system: You are a helpful assistant.
user:
Analyze the provided spectrum to determine if it is a **Carbon Star (C-type)**.

- **Key Visual Indicators of Carbon Star:**
    - **(Primary):** Strong molecular absorption from **C₂ (diatomic carbon) "Swan Bands."** This is the **defining feature** of a carbon star.
        - **(Key Bandheads):** Sharp absorption edges are visible at approximately $5635$ Å, $5165$ Å (the strongest band), and $4737$ Å.
        - **(Line Profile):** Creates a distinct **"saw-tooth"** pattern. The key morphology is a sharp, steep bandhead on the **red (long-wavelength) side**, which then gradually tapers off (i.e., flux recovers) towards the **blue (short-wavelength) side**. *(This is the direct opposite of the TiO bands seen in M-type stars)*.

    - **(Secondary):** Intense **CN (cyanogen)** molecular absorption bands.
        - **(Key Bandheads):** Located in the blue and violet regions of the spectrum (e.g., near $4215$ Å and $3883$ Å).
        - **(Morphology):** These bands are extremely broad and act as a "blanket," absorbing the vast majority of blue and violet light. This creates a characteristic **"cliff"** or **"steep drop-off"** in the spectrum's flux at short wavelengths.

    - **(Key Confirmation):** Strong **CH absorption band (G-band)**.
        - **(Key Bandhead):** Located around $4300$ Å. The contribution from CH molecules to this band is exceptionally strong.

    - **(Overall Spectrum):**
        - The continuum is severely "chopped up" by these deep molecular bands, especially C₂, rather than appearing as a smooth curve.
        - Due to the heavy CN and C₂ absorption in the blue-green, the vast majority of the star's flux is concentrated in the red part of the spectrum, giving the star its characteristic deep red color.

Think first, call **spectral_visualization_tool** if needed to examine features in detail, then provide your final answer. Your response must adhere to the following strict rules:
1.  **Overall Structure:** Your response must follow the format `<think>...</think> <tool_call>...</tool_call> (if a tool is used) <answer>...</answer>`.
2.  **Tool Usage Constraint:** You may only make **one** tool call per turn.
3.  **Final Answer Format:** In the `<answer>` tag, your conclusion must be inside a `\boxed{}` command (e.g., `\boxed{YES}`), followed by your justification.

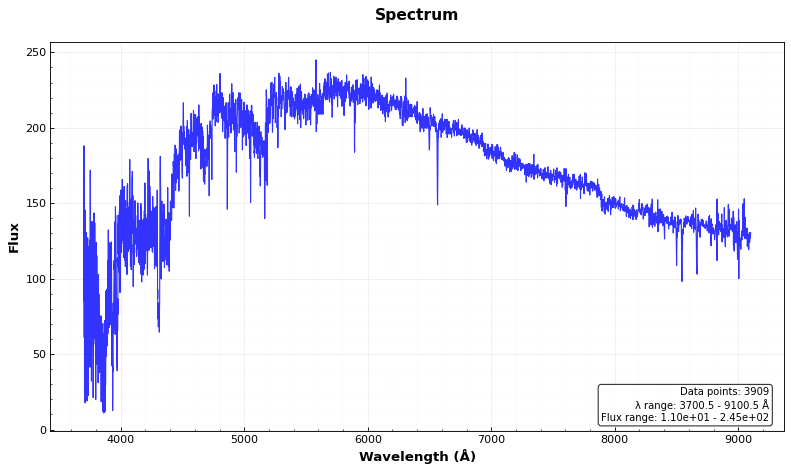
Answer: YES